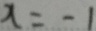
x = - 1